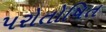
પરોતોષિત